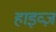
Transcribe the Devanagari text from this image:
हाइव्ज़